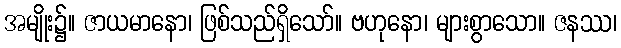
အမျိုး၌။ ဇာယမာနော၊ ဖြစ်သည်ရှိသော်။ ဗဟုနော၊ များစွာသော။ ဇနဿ၊